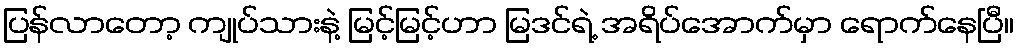
ပြန်လာတော့ ကျုပ်သားနဲ့ မြင့်မြင့်ဟာ မြဒင်ရဲ့ အရိပ်အောက်မှာ ရောက်နေပြီ။